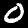
Label: 0